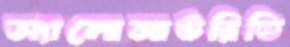
অ্যালোসাউরিডি